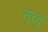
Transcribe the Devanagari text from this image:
सूरतूं